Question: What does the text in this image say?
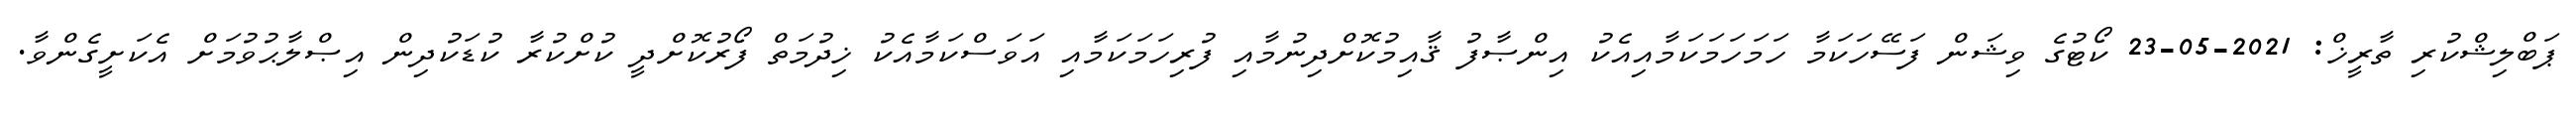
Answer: ޕަބްލިޝްކުރި ތާރީޚް: 2021-05-23 ކޯޓުގެ ވިޝަން ފަސޭހަކަމާ ހަމަހަމަކަމާއިއެކު އިންޞާފު ޤާއިމުކޮށްދިނުމާއި ފުރިހަމަކަމާއި އަވަސްކަމާއެކު ޚިދުމަތް ފޯރުކޮށްދީ ކުށްކުރާ ކުޑަކުދިން އިޞްލާޙުވުމަށް އެކަށީގެންވާ.